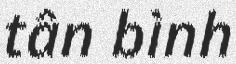
tân bình